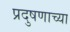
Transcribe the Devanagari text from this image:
प्रदुषणाच्या